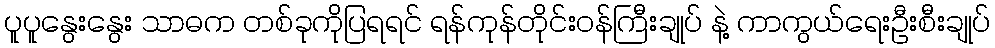
ပူပူနွေးနွေး သာဓက တစ်ခုကိုပြရရင် ရန်ကုန်တိုင်းဝန်ကြီးချုပ် နဲ့ ကာကွယ်ရေးဦးစီးချုပ်